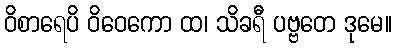
ဝိစာရေပိ ဝိဝေကော ထ၊ သိခရီ ပဗ္ဗတေ ဒုမေ။